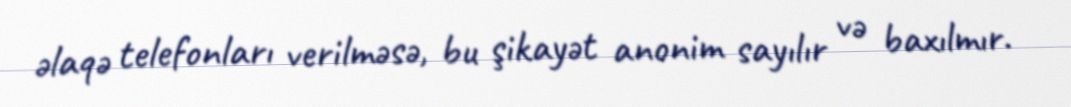
əlaqə telefonları verilməsə, bu şikayət anonim sayılır və baxılmır.